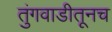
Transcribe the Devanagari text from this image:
तुंगवाडीतूनच